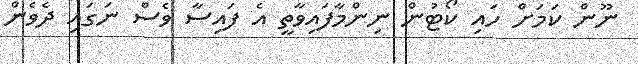
ނޫން ކަމަށް ހައި ކޯޓުން ނިންމާފައިވާތީ އެ ފައިސާ ވެސް ނަގައި ދެވެން